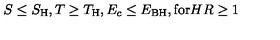
S \le S _ { \mathrm { H } } , T \ge T _ { \mathrm { H } } , E _ { c } \le E _ { \mathrm { B H } } , \mathrm { f o r } H R \ge 1